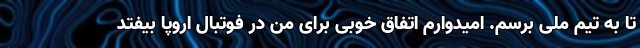
تا به تیم ملی برسم. امیدوارم اتفاق خوبی برای من در فوتبال اروپا بیفتد